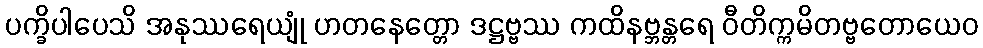
ပက္ခိပါပေသိ အနုဿရေယျုံ ဟတနေတ္တော ဒဋ္ဌဗ္ဗဿ ကထိနဗ္ဘန္တရေ ဝီတိက္ကမိတဗ္ဗတောယေဝ